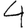
Digit: 4